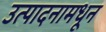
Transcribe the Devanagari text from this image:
उत्पादनामधून